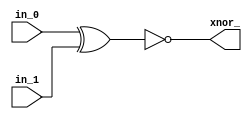
module bitwise_xnor (
  input in_0,
  input in_1,
  output xnor_
);

  assign xnor_ = ~(in_0 ^ in_1);
  
endmodule